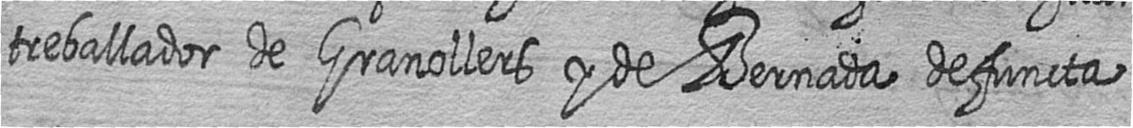
treballador de Granollers y de Bernada defuncta